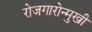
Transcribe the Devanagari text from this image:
रोजगारोन्मुखी